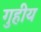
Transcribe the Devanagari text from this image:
गुहीय